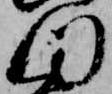
つ